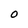
Character: O